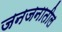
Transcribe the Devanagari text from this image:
जनजनातील